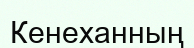
Кенеханның